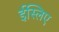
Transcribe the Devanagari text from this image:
ईस्लिए